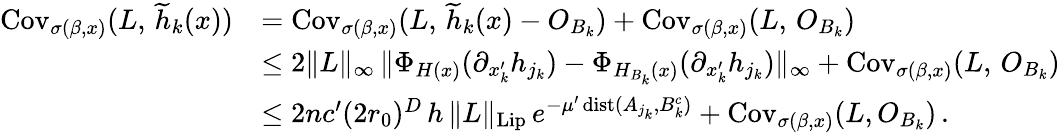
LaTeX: \begin{array}{rl}{\operatorname{Cov}_{\sigma(\beta,x)}(L,\, \widetilde{h}_{k}(x))}&{=\operatorname{Cov}_{\sigma(\beta,x)}(L,\, \widetilde{h}_{k}(x)-O_{B_{k}})+\operatorname{Cov}_{\sigma(\beta,x)}(L,\, O_{B_{k}})}\\ &{\le 2\| L\| _{\infty}\, \| \Phi_{H(x)}(\partial_{x_{k}^{\prime}}h_{j_{k}})-\Phi_{H_{B_{k}}(x)}(\partial_{x_{k}^{\prime}}h_{j_{k}})\| _{\infty}+\operatorname{Cov}_{\sigma(\beta,x)}(L,\, O_{B_{k}})}\\ &{\le 2nc^{\prime}(2r_{0})^{D}\, h\, \| L\| _{\operatorname{Lip}}\, e^{-\mu^{\prime}\operatorname{dist}(A_{j_{k}},B_{k}^{c})}+\operatorname{Cov}_{\sigma(\beta,x)}(L,O_{B_{k}})\, .}\end{array}